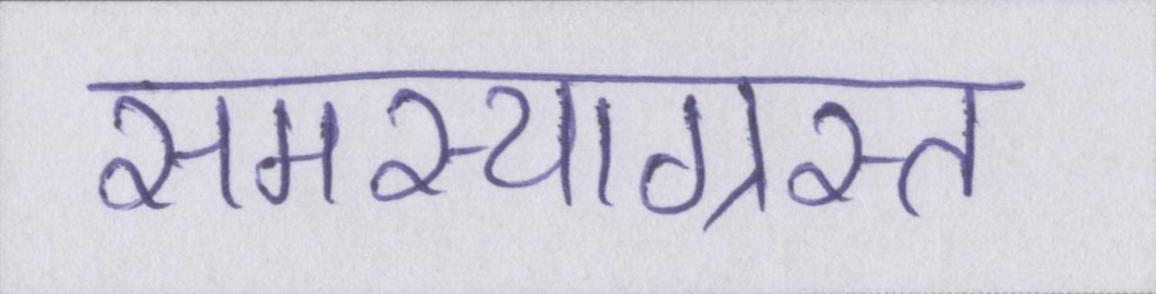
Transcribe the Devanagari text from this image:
समस्याग्रस्त